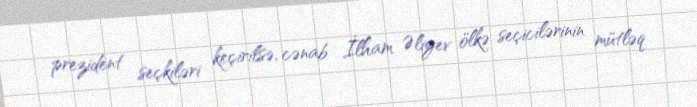
prezident seçkiləri keçirilsə, cənab İlham Əliyev ölkə seçicilərinin mütləq